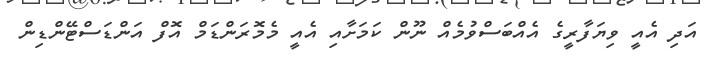
އަދި އެއީ ވިޔަފާރީގެ އެއްބަސްވުމެއް ނޫން ކަމަށާއި އެއީ މެމޮރަންޑަމް އޮފް އަންޑަސްޓޭންޑިން